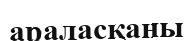
араласқаны